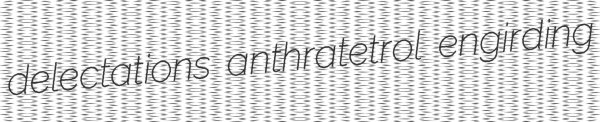
delectations anthratetrol engirding